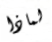
لماذا